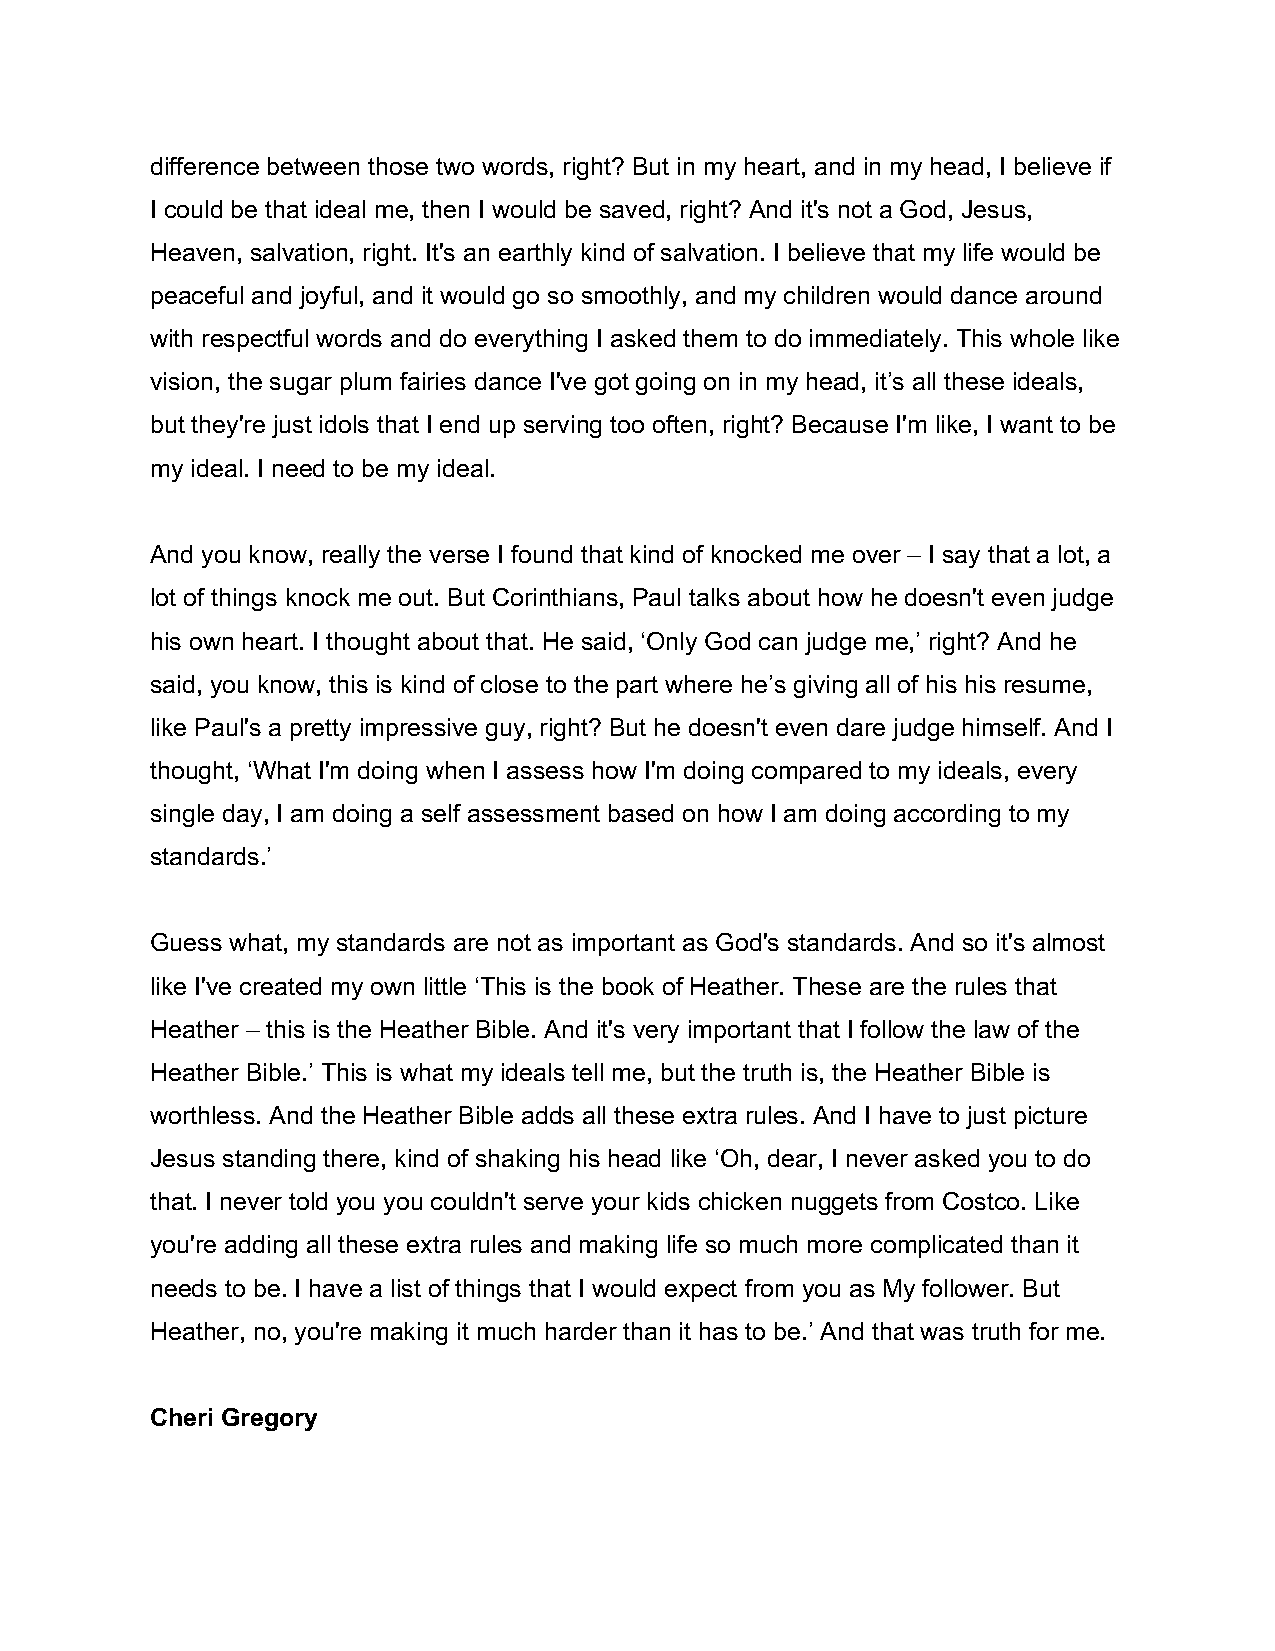
difference between those two words, right? But in my heart, and in my head, I believe if
 I could be that ideal me, then I would be saved, right? And it's not a God, Jesus,
 Heaven, salvation, right. It's an earthly kind of salvation. I believe that my life would be
 peaceful and joyful, and it would go so smoothly, and my children would dance around
 with respectful words and do everything I asked them to do immediately. This whole like
 vision, the sugar plum fairies dance I've got going on in my head, it’s all these ideals,
 but they're just idols that I end up serving too often, right? Because I'm like, I want to be
 my ideal. I need to be my ideal.
 And you know, really the verse I found that kind of knocked me over – I say that a lot, a
 lot of things knock me out. But Corinthians, Paul talks about how he doesn't even judge
 his own heart. I thought about that. He said, ‘Only God can judge me,’ right? And he
 said, you know, this is kind of close to the part where he’s giving all of his his resume,
 like Paul's a pretty impressive guy, right? But he doesn't even dare judge himself. And I
 thought, ‘What I'm doing when I assess how I'm doing compared to my ideals, every
 single day, I am doing a self assessment based on how I am doing according to my
 standards.’
 Guess what, my standards are not as important as God's standards. And so it's almost
 like I've created my own little ‘This is the book of Heather. These are the rules that
 Heather – this is the Heather Bible. And it's very important that I follow the law of the
 Heather Bible.’ This is what my ideals tell me, but the truth is, the Heather Bible is
 worthless. And the Heather Bible adds all these extra rules. And I have to just picture
 Jesus standing there, kind of shaking his head like ‘Oh, dear, I never asked you to do
 that. I never told you you couldn't serve your kids chicken nuggets from Costco. Like
 you're adding all these extra rules and making life so much more complicated than it
 needs to be. I have a list of things that I would expect from you as My follower. But
 Heather, no, you're making it much harder than it has to be.’ And that was truth for me.
 Cheri Gregory